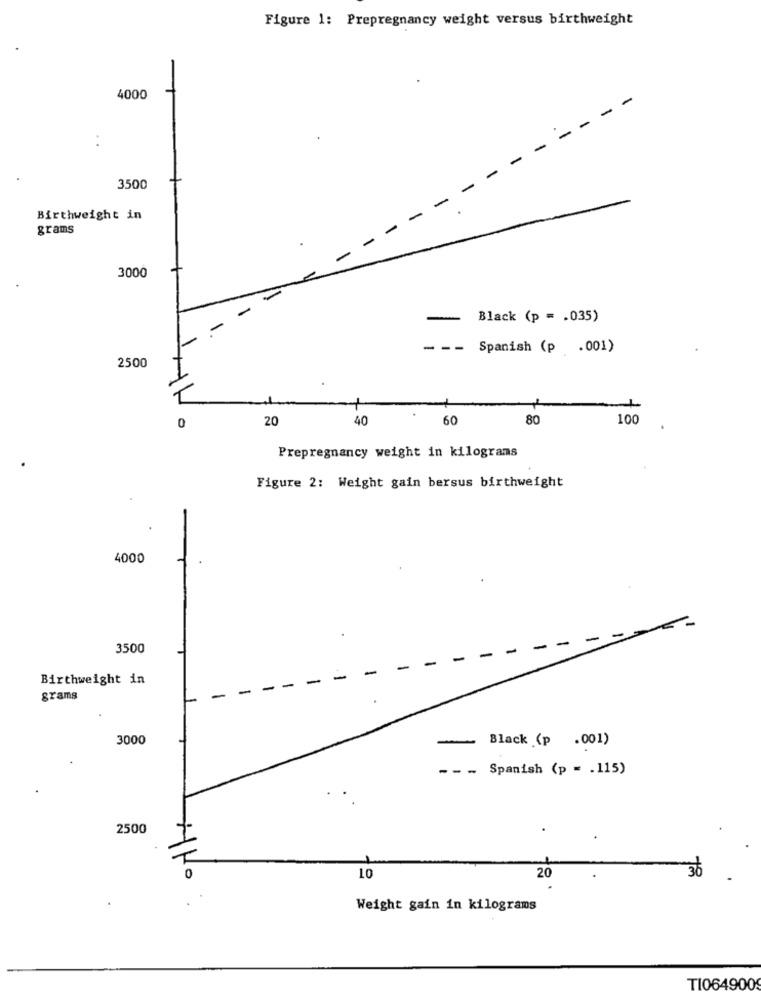
Figure 1: Prepregnancy weight versus birthweight
4000
-
3500
Birthweight in
grams
3000
-
Black (p = . 035)
- --
Spanish (p .001)
2500
20
40
60
80
100
Prepregnancy weight in kilograms
Figure 2: Weight gain bersus birthweight
4000
-
-
-
-
3500
-
-
Birthweight in
-
grams
3000
-
Black (p .001)
-- -
Spanish (p = . 115)
2500
30
0
10
20
Weight gain in kilograms
TI064900